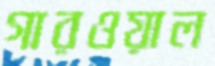
গারওয়াল